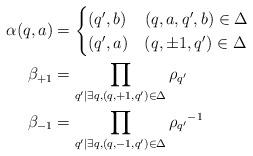
LaTeX: \begin{align*} \alpha(q,a) & = \begin{cases} (q',b) & (q,a,q',b) \in \Delta \\ (q',a) & (q,\pm 1, q') \in \Delta \end{cases} \\ \beta_{+1} & = \prod_{q' \mid \exists q, (q,+1,q') \in \Delta} \rho_{q'} \\ \beta_{-1} & = \prod_{q' \mid \exists q, (q,-1,q') \in \Delta} {\rho_{q'}}^{-1}\end{align*}